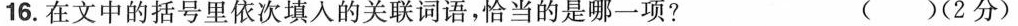
16.在文中的括号里依次填入的关联词语，恰当的是哪一项? ()(2分)